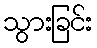
သွားခြင်း